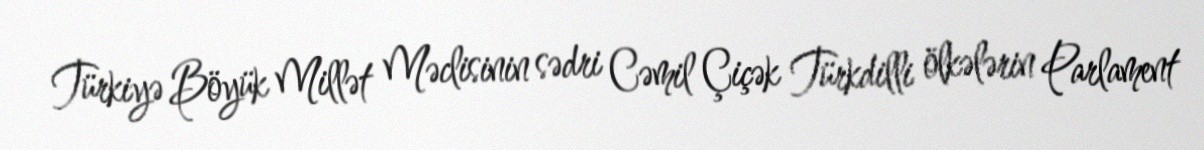
Türkiyə Böyük Millət Məclisinin sədri Cəmil Çiçək Türkdilli ölkələrin Parlament